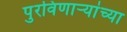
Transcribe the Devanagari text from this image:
पुरविणाऱ्यांच्या